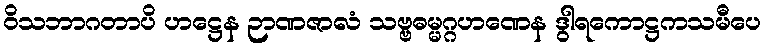
ဝိသဘာဂတာပိ ဟဋ္ဌေန ဉာဏဇာလံ သဗ္ဗဓမ္မဂ္ဂဟဏေန ဒွါရကောဋ္ဌကသမီပေ